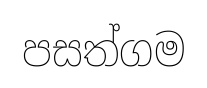
පසත්ගම